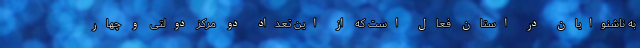
به ناشنوایان در استان فعال است که از این تعداد دو مرکز دولتی و چهار